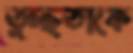
তুচ্ছতাকে